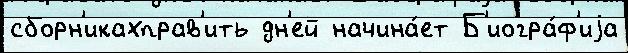
сборн'икахправ'ить дн'ей начина́ет Б'иогра́ф'иjа